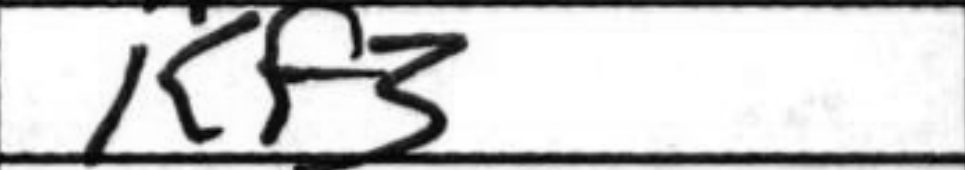
Transcription: Kf3